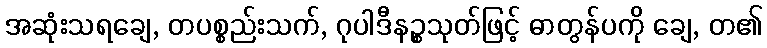
အဆုံးသရချေ, တပစ္စည်းသက်, ဂုပါဒီနဉ္စသုတ်ဖြင့် ဓာတွန်ပကို ချေ, တ၏